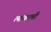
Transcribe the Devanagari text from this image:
त्याकामी